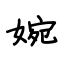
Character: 婉